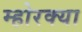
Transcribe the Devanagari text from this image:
म्होरक्‍या